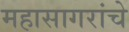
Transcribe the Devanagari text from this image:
महासागरांचे